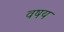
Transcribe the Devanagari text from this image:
वषय